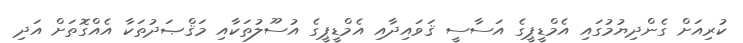
ކުރިއަށް ގެންދިޔުމުގައި އެމްޑީޕީގެ އަސާސީ ޤަވައިދާއި އެމްޑީޕީގެ އުސޫލުތަކާއި މަޤްޞަދުތަކާ އެއްގޮތަށް އަދި